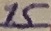
Text: 15